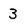
Character: 3